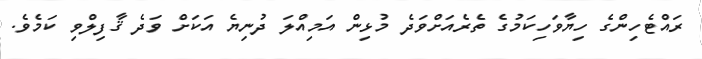
ރައްޓެހިންގެ ހިޔާވަހިކަމުގެ ތެރެއަށްވަދެ މުޅިން އަމިއްލަ ދުނިޔެ އަކަށް ވަދެ ޤާފިލްވި ކަމެވެ.